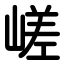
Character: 嵯